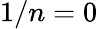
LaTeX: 1/n=0